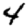
Digit: 4